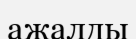
ажалды